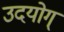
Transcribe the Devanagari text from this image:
उदयोग्